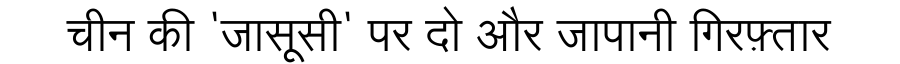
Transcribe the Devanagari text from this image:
चीन की 'जासूसी' पर दो और जापानी गिरफ़्तार